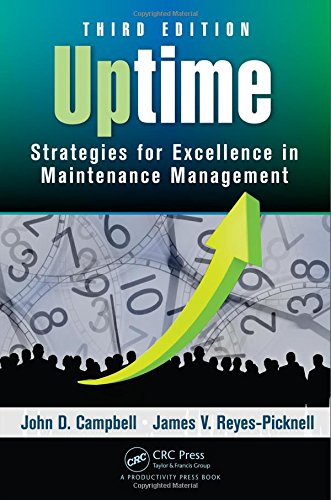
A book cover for Uptime: Strategies for Excellence in Maintenance Management, Third Edition; John D. Campbell; Business & Money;